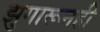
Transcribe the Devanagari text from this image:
झुगारूनही